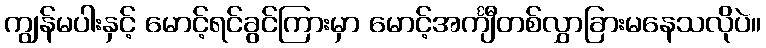
ကျွန်မပါးနှင့် မောင့်ရင်ခွင်ကြားမှာ မောင့်အင်္ကျီတစ်လွှာခြားမနေသလိုပဲ။